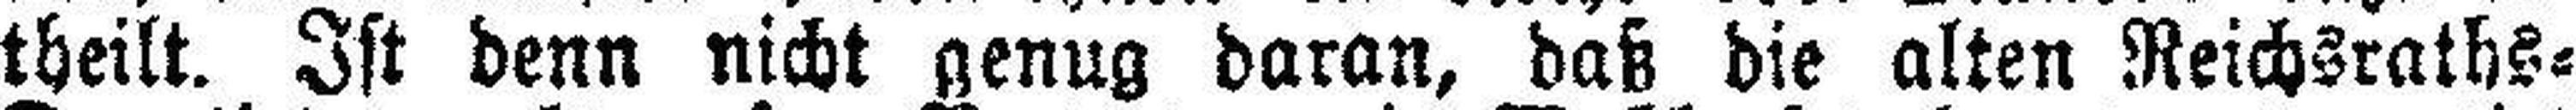
theilt. Ist denn nicht genug daran, daß die alten Reichsraths=